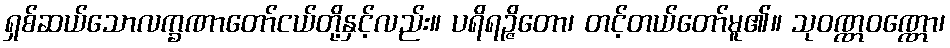
ရှစ်ဆယ်သောလက္ခဏာတော်ငယ်တို့နှင့်လည်း။ ပရိရဉ္ဇိတော၊ တင့်တယ်တော်မူ၏။ သုဝဏ္ဏဝဏ္ဏော၊